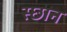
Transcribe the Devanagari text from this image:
स्छान